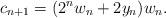
LaTeX: \begin{align*}c_{n+1} = (2^n w_n + 2y_n) w_n.\end{align*}